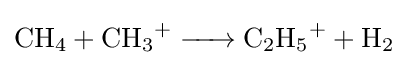
{\ce {CH4 + CH3^+ -> C2H5+ + H2}}